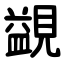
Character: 䚊